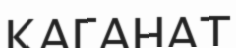
КАГАНАТ